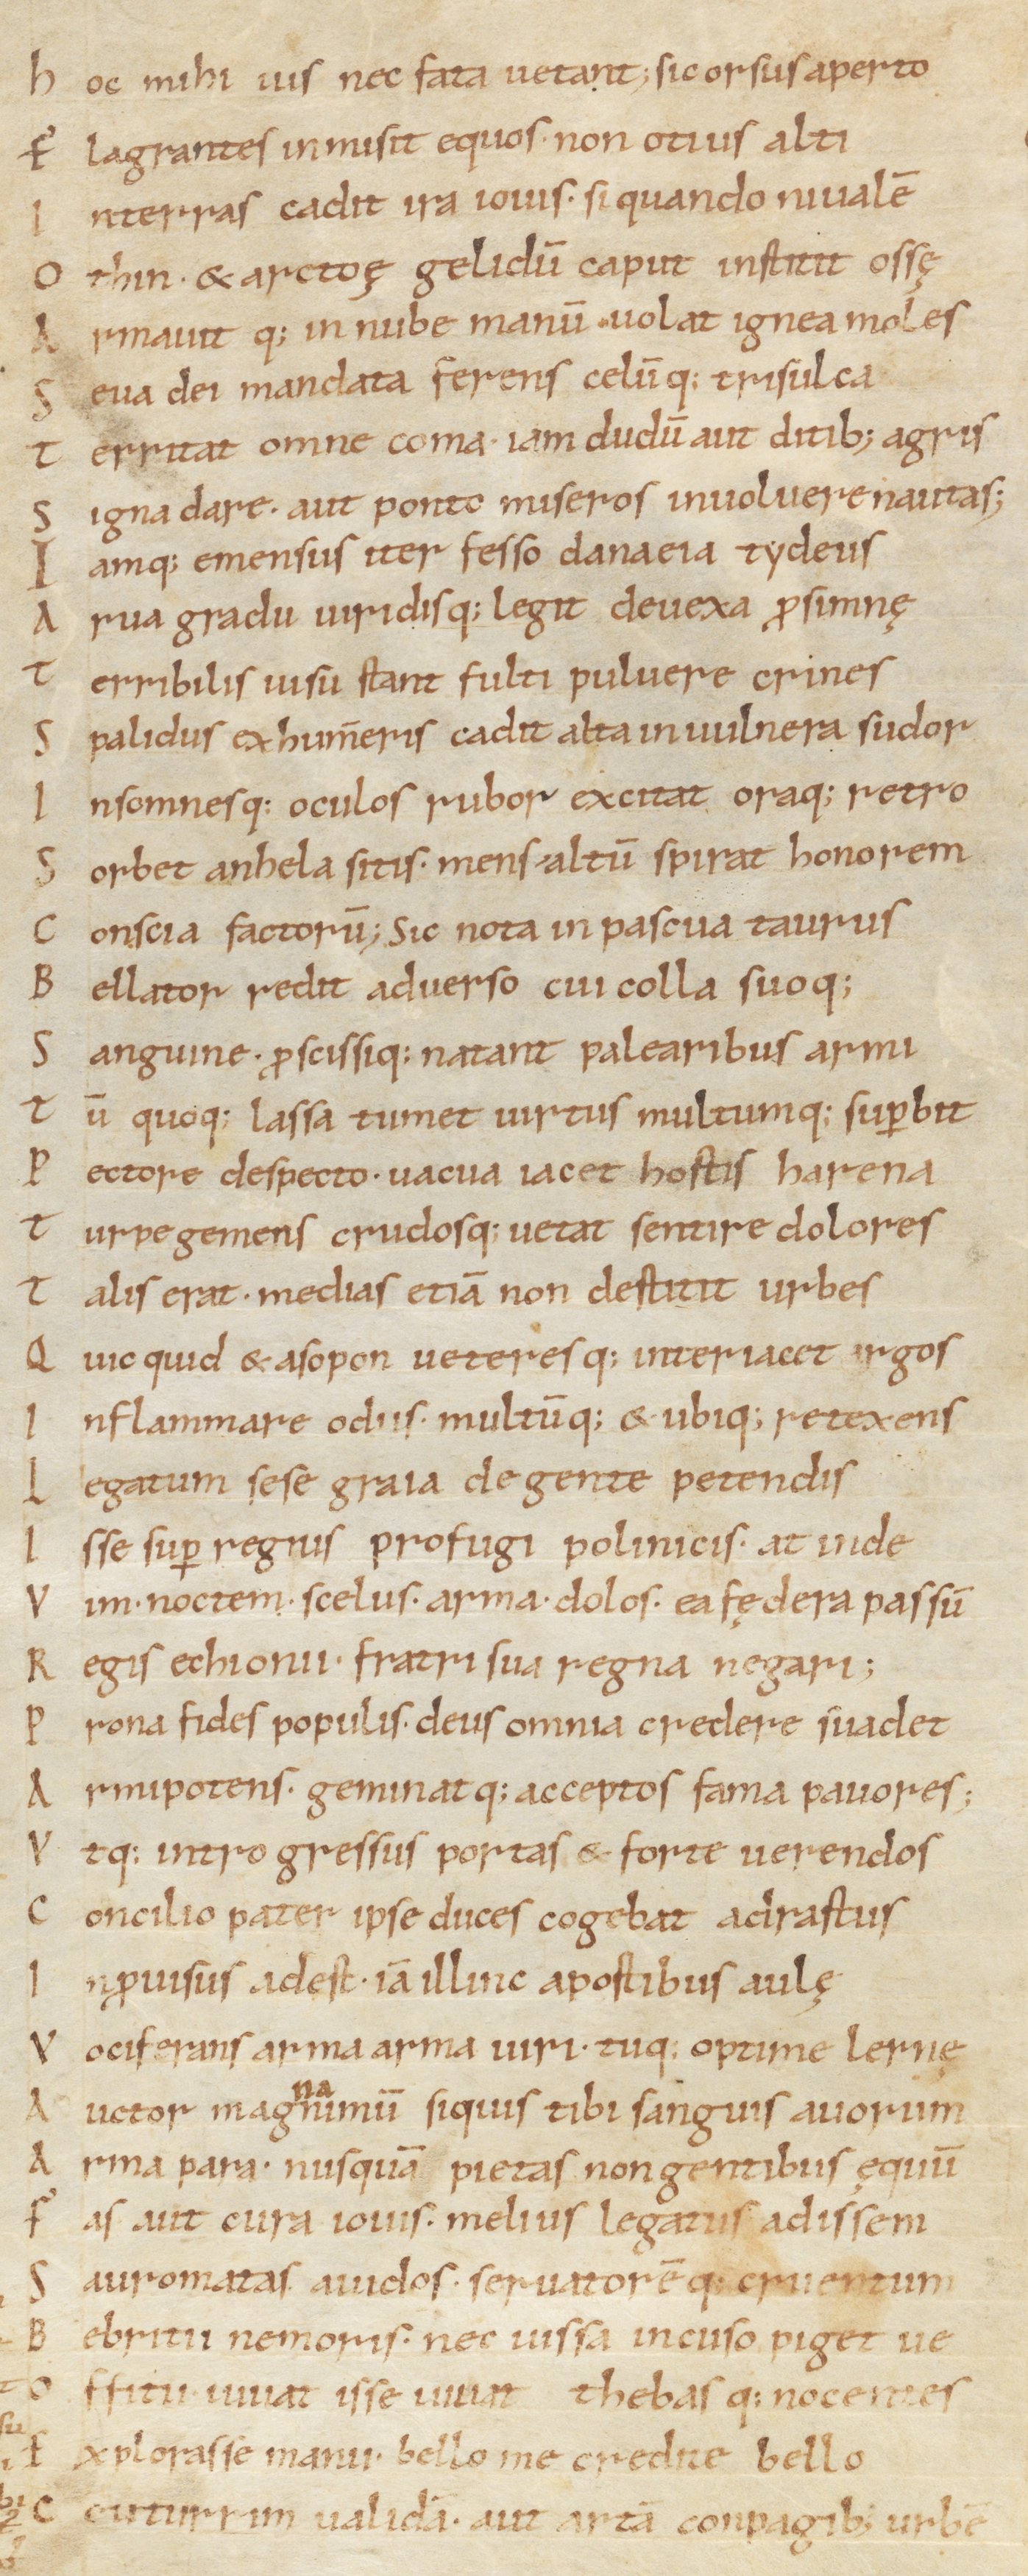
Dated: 1000–1099